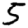
Digit: 5